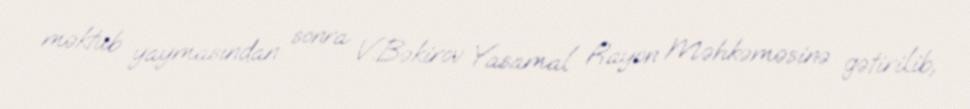
məktub yaymasından sonra V.Bəkirov Yasamal Rayon Məhkəməsinə gətirilib,